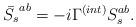
LaTeX: \begin{align*}\bar{S_s}^{ab} = -i\Gamma^{(int)} S_s^{ab}.\end{align*}